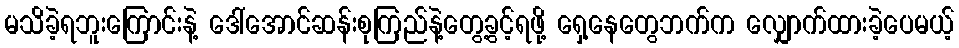
မသိခဲ့ရဘူးကြောင်းနဲ့ ဒေါ်အောင်ဆန်းစုကြည်နဲ့တွေ့ခွင့်ရဖို့ ရှေ့နေတွေဘက်က လျှောက်ထားခဲ့ပေမယ့်